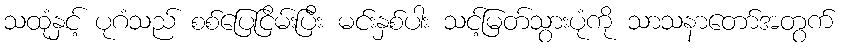
သထုံနှင့် ပုဂံသည် စစ်ပြေငြိမ်းပြီး မင်းနှစ်ပါး သင့်မြတ်သွားပုံကို သာသနာတော်အတွက်